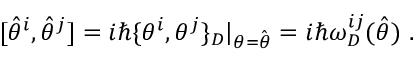
[ \hat { \theta } ^ { i } , \hat { \theta } ^ { j } ] = i \hbar \{ \theta ^ { i } , \theta ^ { j } \} _ { D } \vert _ { \theta = \hat { \theta } } = i \hbar \omega _ { D } ^ { i j } ( \hat { \theta } ) \ .